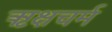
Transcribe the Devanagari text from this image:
ऋक्षचर्म